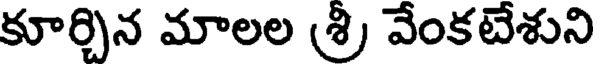
కూర్చిన మాలల (శ్రి వేంకటేశుని